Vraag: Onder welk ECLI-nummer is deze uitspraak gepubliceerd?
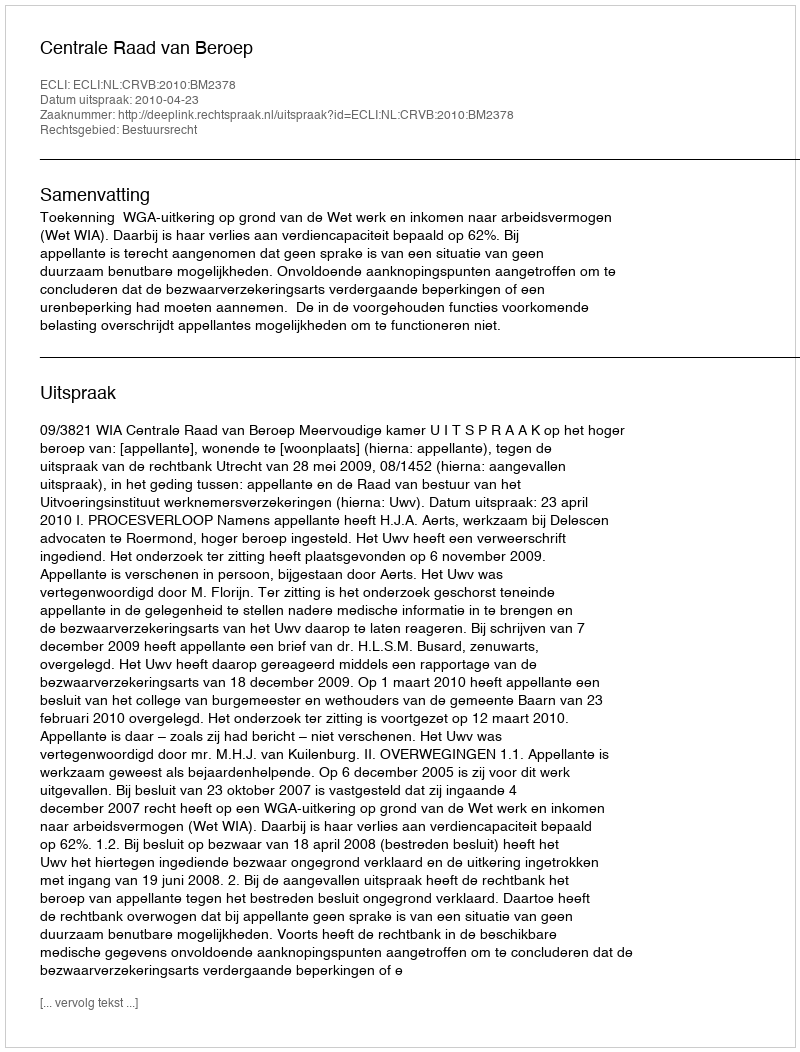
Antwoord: ECLI:NL:CRVB:2010:BM2378